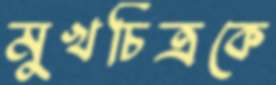
মুখচিত্রকে